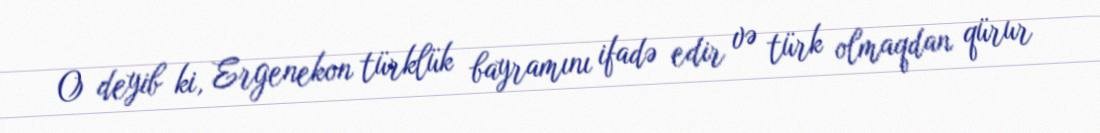
O deyib ki, Ergenekon türklük bayramını ifadə edir və türk olmaqdan qürur